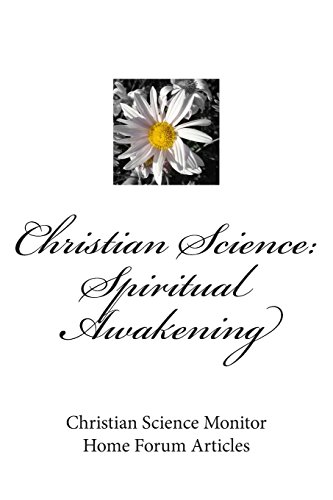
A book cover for Christian Science: Spiritual Awakening; Footsteps Of His Flock; Christian Books & Bibles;